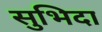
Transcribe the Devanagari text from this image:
सुभिदा